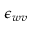
\epsilon _ { w v }